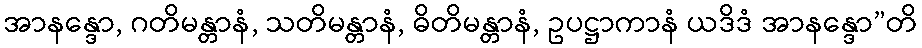
အာနန္ဒော, ဂတိမန္တာနံ, သတိမန္တာနံ, ဓိတိမန္တာနံ, ဥပဋ္ဌာကာနံ ယဒိဒံ အာနန္ဒော”တိ